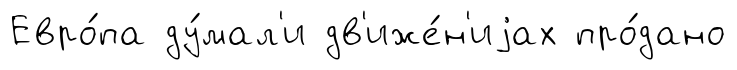
Евро́па ду́мал'и дв'иже́н'иjах про́дано